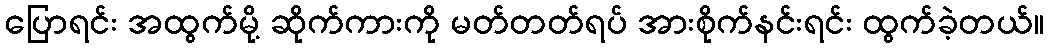
ပြောရင်း အထွက်မို့ ဆိုက်ကားကို မတ်တတ်ရပ် အားစိုက်နင်းရင်း ထွက်ခဲ့တယ်။